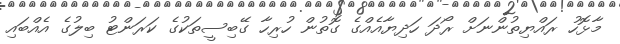
މާޅޮހު ރައްޔިތުންނަށް ރޯދަ ހަދިޔާއެއްގެ ގޮތުން ހުރިހާ ގޭބިސީތަކުގެ ކަރަންޓު ބިލުގެ އެއްބައި